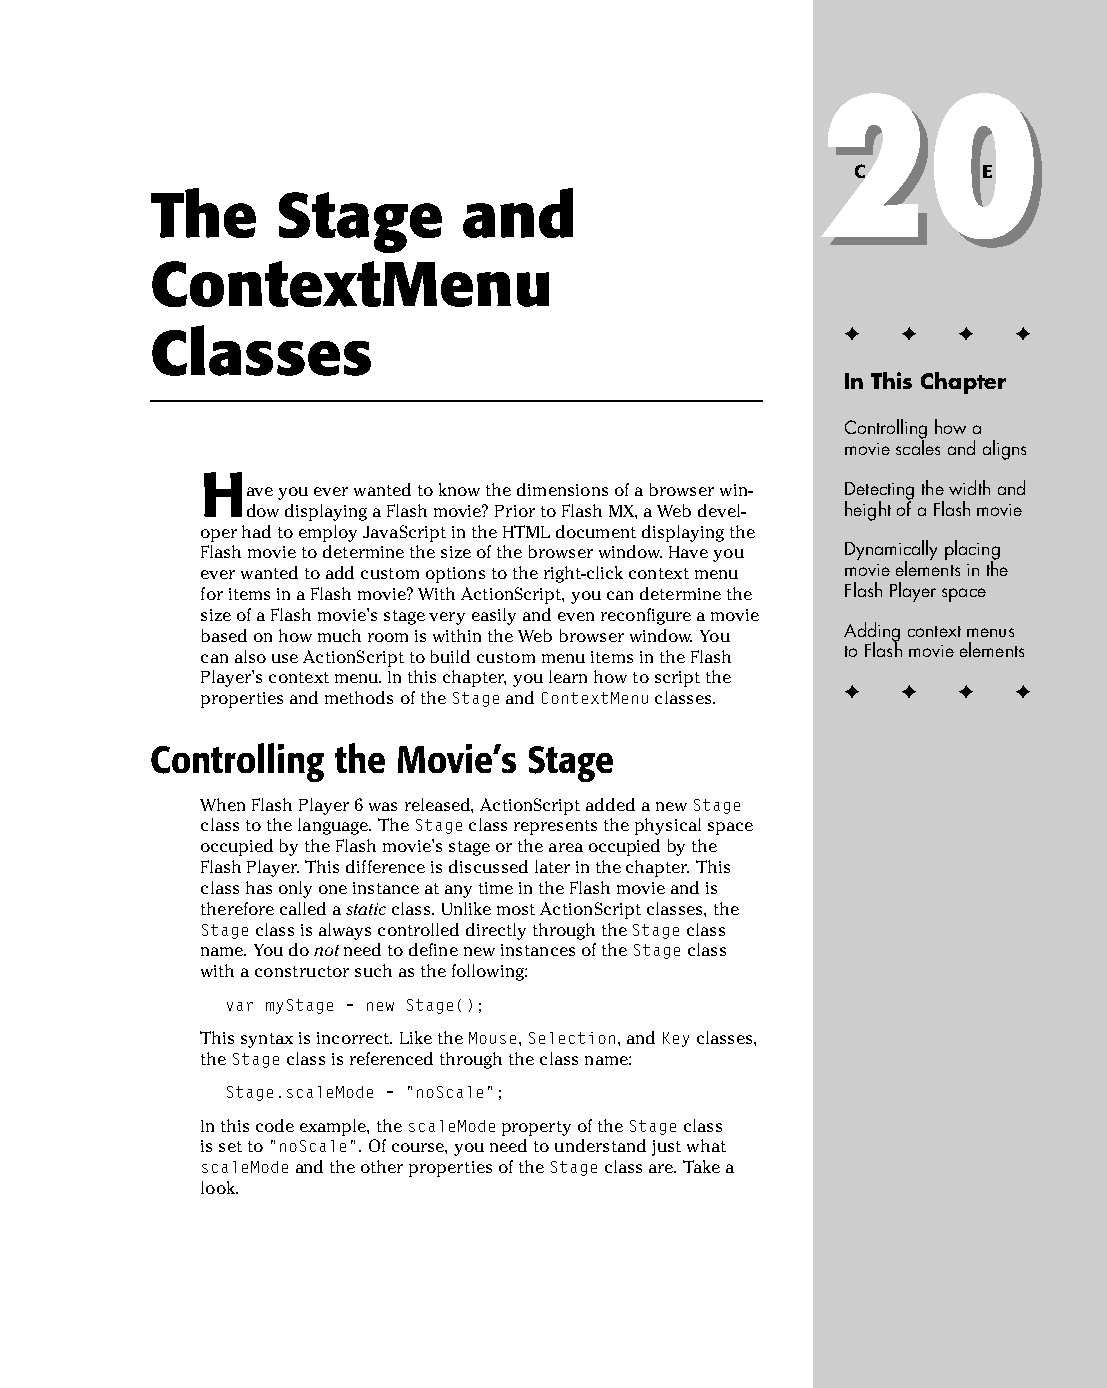
26 543547 ch20.qxd 3/24/04 4:10 PM Page 503
 20
 20
 C H A P T E R
 The     Stage        and
 ContextMenu
 ✦  ✦ ✦  ✦
 Classes
 In This Chapter
 Controlling how a
 movie scales and aligns
 H
 ave you ever wanted to know the dimensions of a browser win­ Detecting the width and
 dow displaying a Flash movie? Prior to Flash MX, a Web devel­ height of a Flash movie
 oper had to employ JavaScript in the HTML document displaying the
 Flash movie to determine the size of the browser window. Have you Dynamically placing
 ever wanted to add custom options to the right-click context menu movie elements in the
 for items in a Flash movie? With ActionScript, you can determine the Flash Player space
 size of a Flash movie’s stage very easily and even reconfigure a movie
 based on how much room is within the Web browser window. You Adding context menus
 can also use ActionScript to build custom menu items in the Flash to Flash movie elements
 Player’s context menu. In this chapter, you learn how to script the
 ✦  ✦ ✦  ✦
 properties and methods of the Stage and ContextMenu classes.
 Controlling the Movie’s  Stage
 When Flash Player 6 was released, ActionScript added a new Stage
 class to the language. The Stage class represents the physical space
 occupied by the Flash movie’s stage or the area occupied by the
 Flash Player. This difference is discussed later in the chapter. This
 class has only one instance at any time in the Flash movie and is
 therefore called a static class. Unlike most ActionScript classes, the
 Stage class is always controlled directly through the Stage class
 name. You do not need to define new instances of the Stage class
 with a constructor such as the following:
 var myStage = new Stage();
 This syntax is incorrect. Like the Mouse, Selection, and Key classes,
 the Stage class is referenced through the class name:
 Stage.scaleMode = “noScale”;
 In this code example, the scaleMode property of the Stage class
 is set to “noScale”. Of course, you need to understand just what
 scaleMode and the other properties of the Stage class are. Take a
 look.